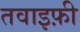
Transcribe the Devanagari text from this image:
तवाइफ़ी